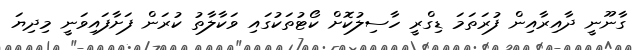
ގާނޫނީ ދާއިރާއިން ފުރަތަމަ ޑިގްރީ ހާސިލުކޮށް ކޯޓުތަކުގައި ވަކާލާތު ކުރަން ފަށާފައިވަނީ މިދިޔަ